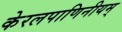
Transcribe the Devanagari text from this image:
केरलपाणिनीयम्